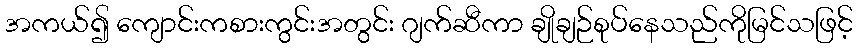
အကယ်၍ ကျောင်းကစားကွင်းအတွင်း ဂျက်ဆီကာ ချိုချဉ်စုပ်နေသည်ကိုမြင်သဖြင့်